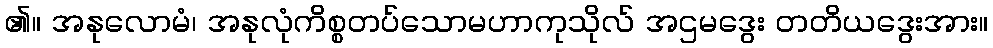
၏။ အနုလောမံ၊ အနုလုံကိစ္စတပ်သောမဟာကုသိုလ် အဌမဒွေး တတိယဒွေးအား။